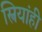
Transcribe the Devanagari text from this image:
स्त्रियांही